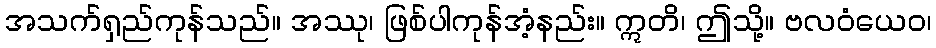
အသက်ရှည်ကုန်သည်။ အဿု၊ ဖြစ်ပါကုန်အံ့နည်း။ ဣတိ၊ ဤသို့။ ဗလဝံယေဝ၊